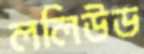
ললিউড